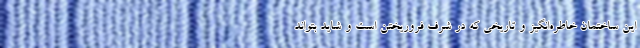
این ساختمان خاطره‌انگیز و تاریخی که در شرف فروریختن است و شاید بتواند